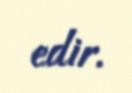
edir.